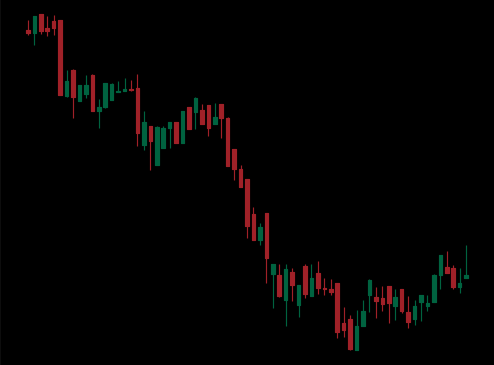
Pattern: bull_flag